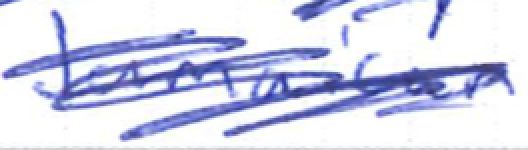
Text: Jamaican
Cross-out: scratch
Writing tool: ballpoint